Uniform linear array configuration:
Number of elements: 12
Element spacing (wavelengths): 1
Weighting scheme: cosine
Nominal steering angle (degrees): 45
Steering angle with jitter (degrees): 43.348
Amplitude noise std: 0.05
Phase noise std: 0.05

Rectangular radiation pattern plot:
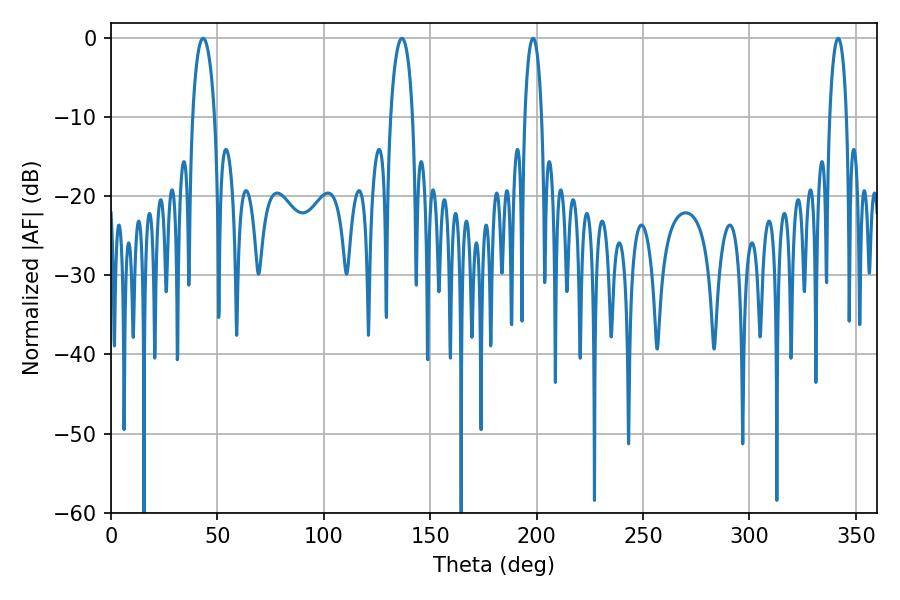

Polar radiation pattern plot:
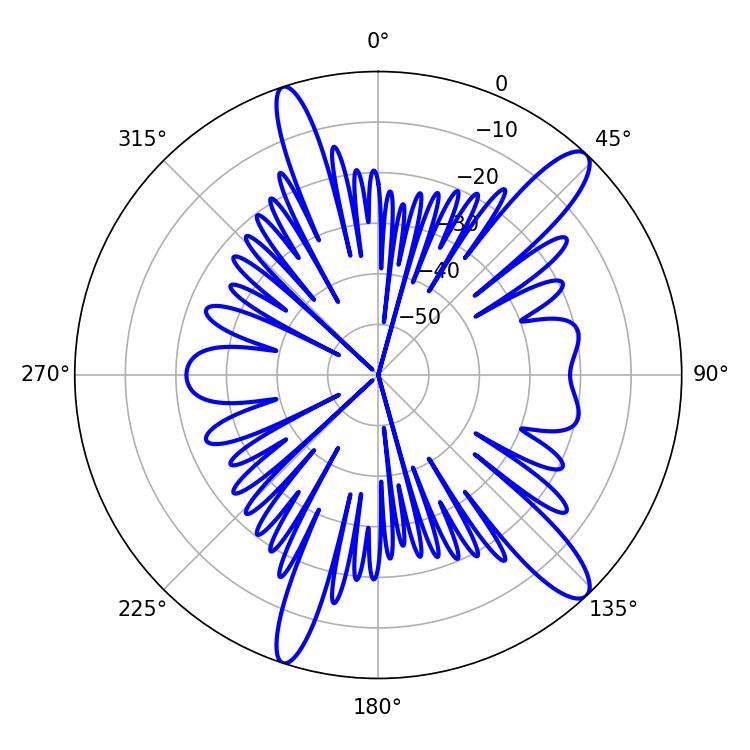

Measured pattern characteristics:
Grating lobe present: TRUE
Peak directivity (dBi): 12.811
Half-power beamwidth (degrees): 4.5
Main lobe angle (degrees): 198.36